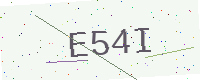
Text: E54I